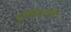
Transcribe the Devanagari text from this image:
पूर्णिमांतकाल